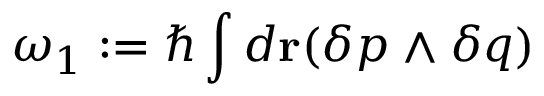
\omega _ { 1 } : = \hbar \int d { \bf r } ( \delta p \wedge \delta q )